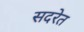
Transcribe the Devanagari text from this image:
सदरेत